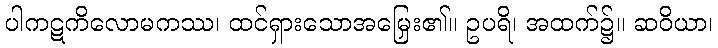
ပါကဋကိလောမကဿ၊ ထင်ရှားသောအမြှေး၏။ ဥပရိ၊ အထက်၌။ ဆဝိယာ၊